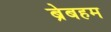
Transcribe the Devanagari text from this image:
ब्रेबहम